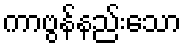
ကာဗွန်နည်းသော